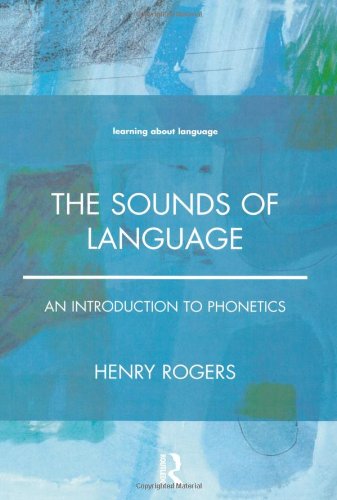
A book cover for The Sounds of Language: An Introduction to Phonetics; Henry Rogers; Reference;